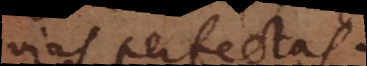
vias perfectas.